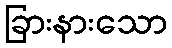
ခြားနားသော